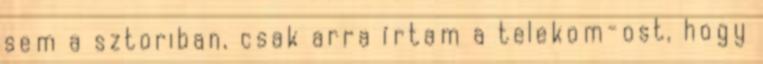
sem a sztoriban, csak arra írtam a telekom-ost, hogy